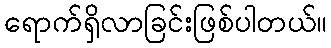
ရောက်ရှိလာခြင်းဖြစ်ပါတယ်။